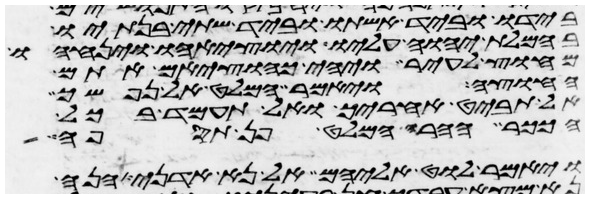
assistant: בידו וביד אשתו וביד שתי בנתיו
בחמלת יהוה עליו ויוציאהו ויניחהו
מחוץ לעיר ויהי כהוציאם אתם
החוצה ויאמר המלט על נפשך
אל תבט אחריך ואל תעמד בכל
הככר ההרה המלט פן תספה
ויאמר לוט אליהם אל נא אדני הנה